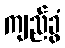
ကျည်ခွံ